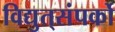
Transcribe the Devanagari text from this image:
विद्युत्‌संपर्को